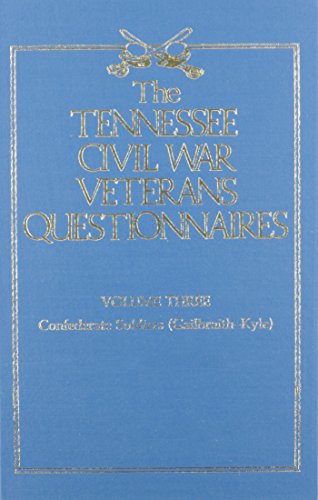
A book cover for Tennessee Civil War Veteran Questionnaires, Vol. 3: Confederate Soldiers (Gailbraith-Kyle); Reference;